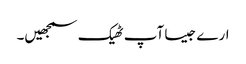
ارے جیسا آپ ٹھیک سمجھیں۔